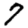
Digit: 7